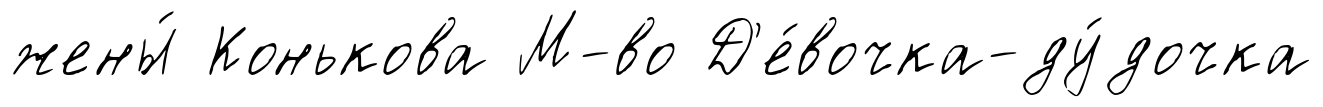
жены́ Конькова М-во Д'е́вочка-ду́дочка